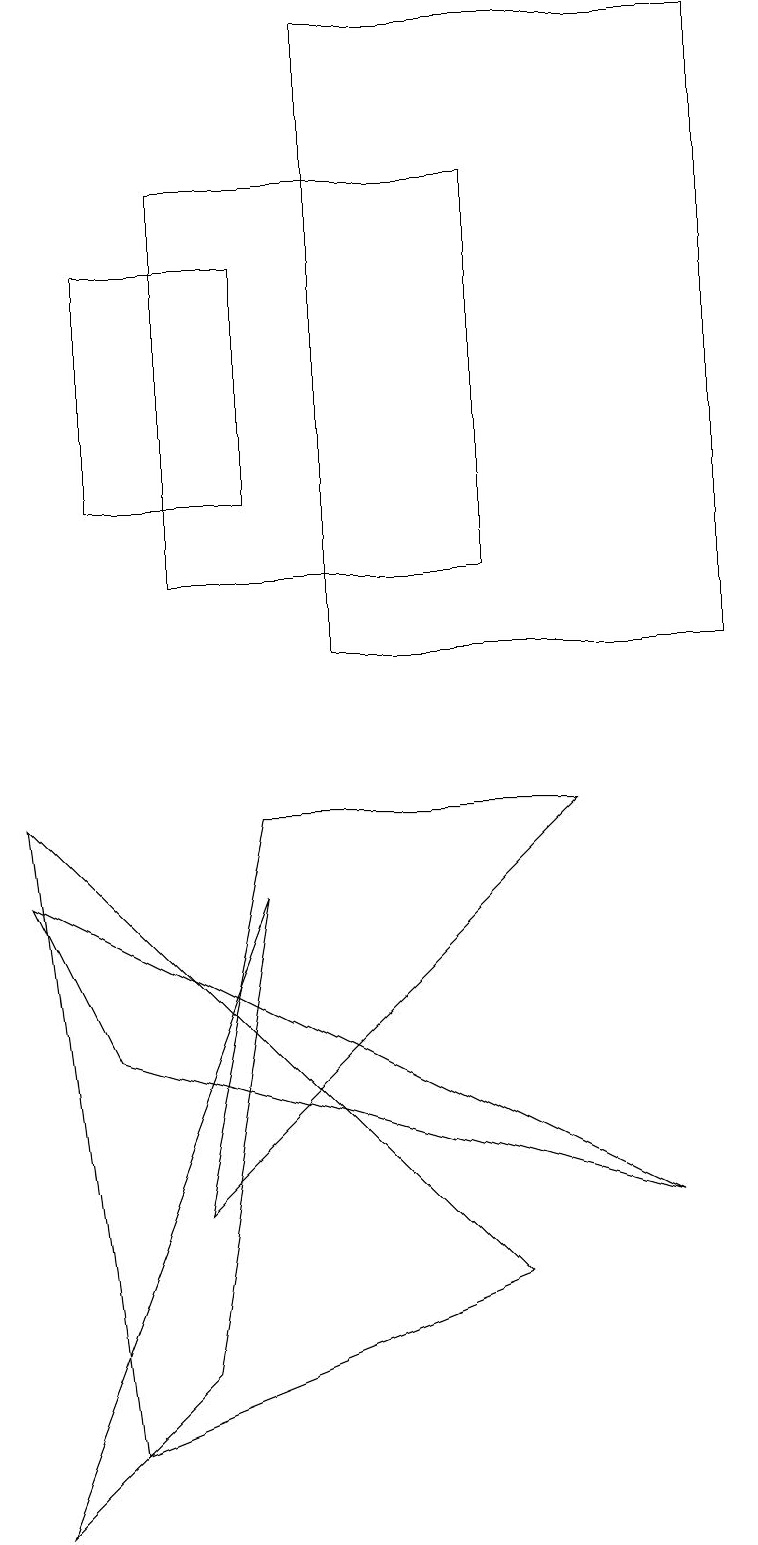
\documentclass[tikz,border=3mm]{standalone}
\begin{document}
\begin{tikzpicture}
\draw (9,11) rectangle (4,19);
\draw (3,8) -- (0,0) -- (2,2) -- cycle;
\draw (0,9) -- (1,1) -- (6,3) -- cycle;
\draw (2,12) rectangle (6,17);
\draw (3,16) rectangle (1,13);
\draw (7,9) -- (3,9) -- (2,4) -- cycle;
\draw (1,6) -- (0,8) -- (8,4) -- cycle;
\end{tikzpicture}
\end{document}